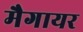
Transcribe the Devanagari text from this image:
मैगायर